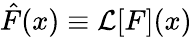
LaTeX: {\hat{F}}(x)\equiv{\mathcal{L}}[F](x)